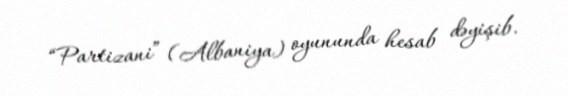
“Partizani” (Albaniya) oyununda hesab dəyişib.